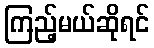
ကြည့်မယ်ဆိုရင်